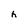
Character: h